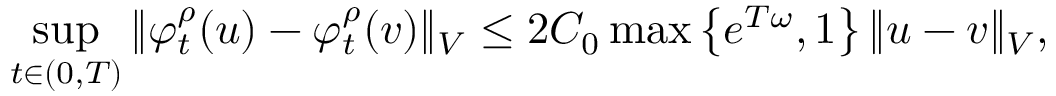
\operatorname* { s u p } _ { t \in ( 0 , T ) } \Vert \varphi _ { t } ^ { \rho } ( u ) - \varphi _ { t } ^ { \rho } ( v ) \Vert _ { V } \leq 2 C _ { 0 } \operatorname* { m a x } \left\{ e ^ { T \omega } , 1 \right\} \Vert u - v \Vert _ { V } ,